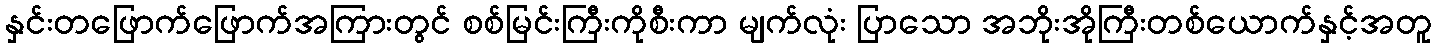
နှင်းတဖြောက်ဖြောက်အကြားတွင် စစ်မြင်းကြီးကိုစီးကာ မျက်လုံး ပြာသော အဘိုးအိုကြီးတစ်ယောက်နှင့်အတူ